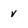
Character: v